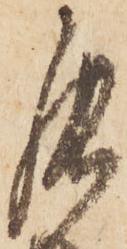
罷